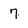
Character: 7